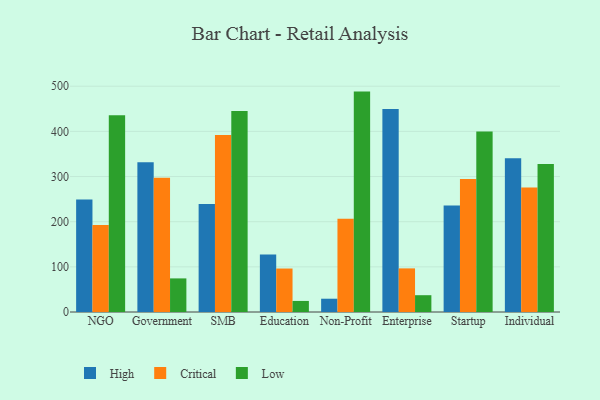
{"axis": {"x": "Segment", "y": "LTV (USD)"}, "legend": ["Critical", "High", "Low"], "data": [{"x": "NGO", "y": 249.4, "type": "High"}, {"x": "NGO", "y": 192.5, "type": "Critical"}, {"x": "NGO", "y": 435.5, "type": "Low"}, {"x": "Government", "y": 331.9, "type": "High"}, {"x": "Government", "y": 297.4, "type": "Critical"}, {"x": "Government", "y": 74.4, "type": "Low"}, {"x": "SMB", "y": 239.1, "type": "High"}, {"x": "SMB", "y": 391.8, "type": "Critical"}, {"x": "SMB", "y": 444.9, "type": "Low"}, {"x": "Education", "y": 127.5, "type": "High"}, {"x": "Education", "y": 96.3, "type": "Critical"}, {"x": "Education", "y": 24.5, "type": "Low"}, {"x": "Non-Profit", "y": 29.4, "type": "High"}, {"x": "Non-Profit", "y": 206.4, "type": "Critical"}, {"x": "Non-Profit", "y": 488.1, "type": "Low"}, {"x": "Enterprise", "y": 449.3, "type": "High"}, {"x": "Enterprise", "y": 96.6, "type": "Critical"}, {"x": "Enterprise", "y": 37.2, "type": "Low"}, {"x": "Startup", "y": 235.6, "type": "High"}, {"x": "Startup", "y": 294.4, "type": "Critical"}, {"x": "Startup", "y": 399.5, "type": "Low"}, {"x": "Individual", "y": 340.3, "type": "High"}, {"x": "Individual", "y": 275.5, "type": "Critical"}, {"x": "Individual", "y": 327.9, "type": "Low"}]}